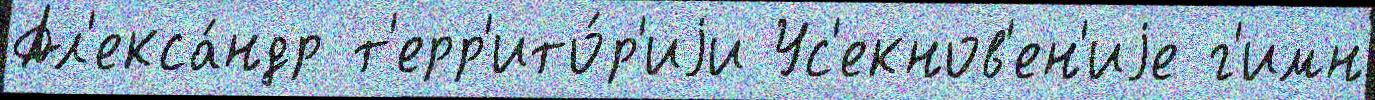
Ал'екса́ндр т'ерр'ито́р'иjи Ус'екнов'ен'иjе г'имн